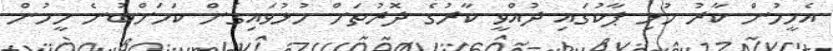
އެމީހުން ކާރު މުޅި ޕާކުގައި ދުއްވީ ކާރުގެ ދޮރުތަށް ހުޅުވައިގެން ކަމަށްބުނެ މީހުން